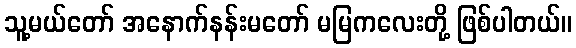
သူ့မယ်တော် အနောက်နန်းမတော် မမြကလေးတို့ ဖြစ်ပါတယ်။